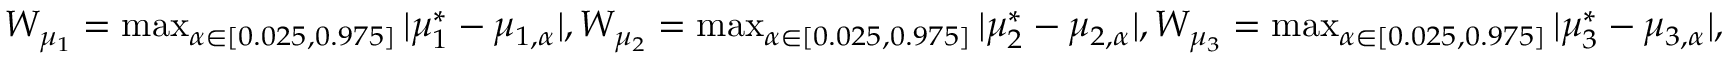
\begin{array} { r } { W _ { \mu _ { 1 } } = \operatorname* { m a x } _ { \alpha \in [ 0 . 0 2 5 , 0 . 9 7 5 ] } | \mu _ { 1 } ^ { * } - \mu _ { 1 , \alpha } | , W _ { \mu _ { 2 } } = \operatorname* { m a x } _ { \alpha \in [ 0 . 0 2 5 , 0 . 9 7 5 ] } | \mu _ { 2 } ^ { * } - \mu _ { 2 , \alpha } | , W _ { \mu _ { 3 } } = \operatorname* { m a x } _ { \alpha \in [ 0 . 0 2 5 , 0 . 9 7 5 ] } | \mu _ { 3 } ^ { * } - \mu _ { 3 , \alpha } | , } \end{array}